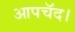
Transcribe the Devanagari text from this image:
आपचॅद।